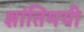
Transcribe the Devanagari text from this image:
शांतिमयी